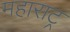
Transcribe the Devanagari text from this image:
महाराट्र